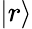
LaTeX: |r\rangle